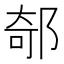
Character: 𨜅